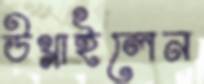
উথ্‌লাইলেন